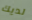
لديك